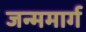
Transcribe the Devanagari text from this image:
जन्ममार्ग